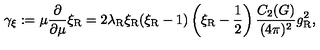
\gamma _ { \xi } : = \mu \frac \partial { \partial \mu } \xi _ { \mathrm { R } } = 2 \lambda _ { \mathrm { R } } \xi _ { \mathrm { R } } ( \xi _ { \mathrm { R } } - 1 ) \left( \xi _ { \mathrm { R } } - { \frac { 1 } { 2 } } \right) \frac { C _ { 2 } ( G ) } { ( 4 \pi ) ^ { 2 } } g _ { \mathrm { R } } ^ { 2 } ,